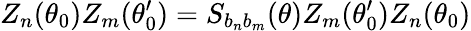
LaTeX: Z_{n}(\theta_{0})Z_{m}(\theta_{0}^{\prime})=S_{b_{n}b_{m}}(\theta)Z_{m}(\theta_{0}^{\prime})Z_{n}(\theta_{0})